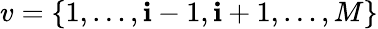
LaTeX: v=\{ 1,\dotsc,\mathbf{i}-1,\mathbf{i}+1,\dotsc,M\}